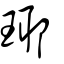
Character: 瑘